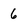
Character: 6